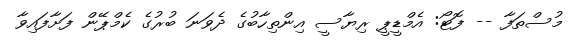
މުސްތަފާ -- ފޮޓޯ: އެމްޑީޕީ ރިޔާސީ އިންތިހާބުގެ ދެވަނަ ބުރުގެ ކެމްޕޭން ފަށާފައިވާ